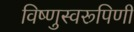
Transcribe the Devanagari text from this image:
विष्णुस्वरूपिणी